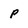
Character: P